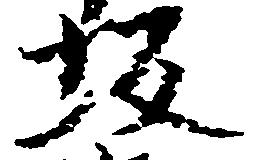
坂